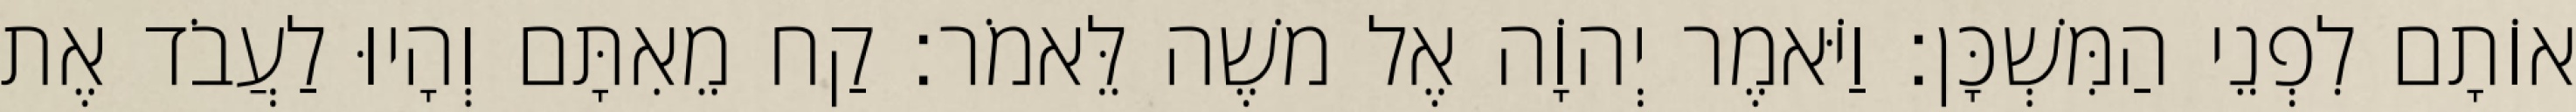
אוֹתָם לִפְנֵי הַמִּשְׁכָּן׃ וַיֹּאמֶר יְהוָֹה אֶל משֶׁה לֵּאמֹר׃ קַח מֵאִתָּם וְהָיוּ לַעֲבֹד אֶת